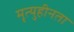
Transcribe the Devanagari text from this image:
मृत्युहीनता